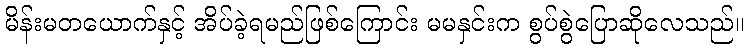
မိန်းမတယောက်နှင့် အိပ်ခဲ့ရမည်ဖြစ်ကြောင်း မမနှင်းက စွပ်စွဲပြောဆိုလေသည်။